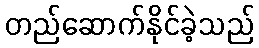
တည်ဆောက်နိုင်ခဲ့သည်